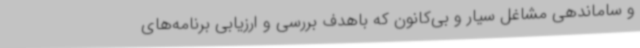
و ساماندهی مشاغل سیار و بی‌کانون که باهدف بررسی و ارزیابی برنامه‌های